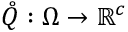
\mathring { Q } : \Omega \rightarrow \mathbb { R } ^ { c }